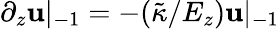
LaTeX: \partial_{z}\mathbf{u}|_{-1}=-(\tilde{{\kappa}}/E_{z})\mathbf{u}|_{-1}